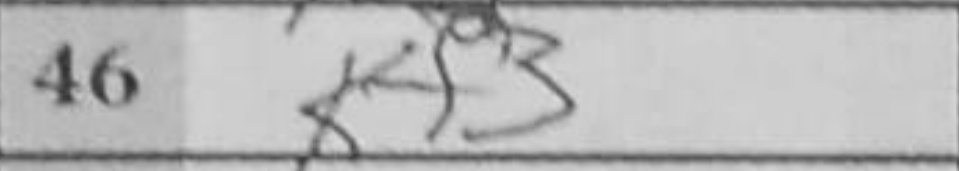
Transcription: Kf3